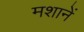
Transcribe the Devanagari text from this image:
मशानें